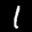
Label: 1